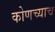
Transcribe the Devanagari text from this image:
कोणच्याच